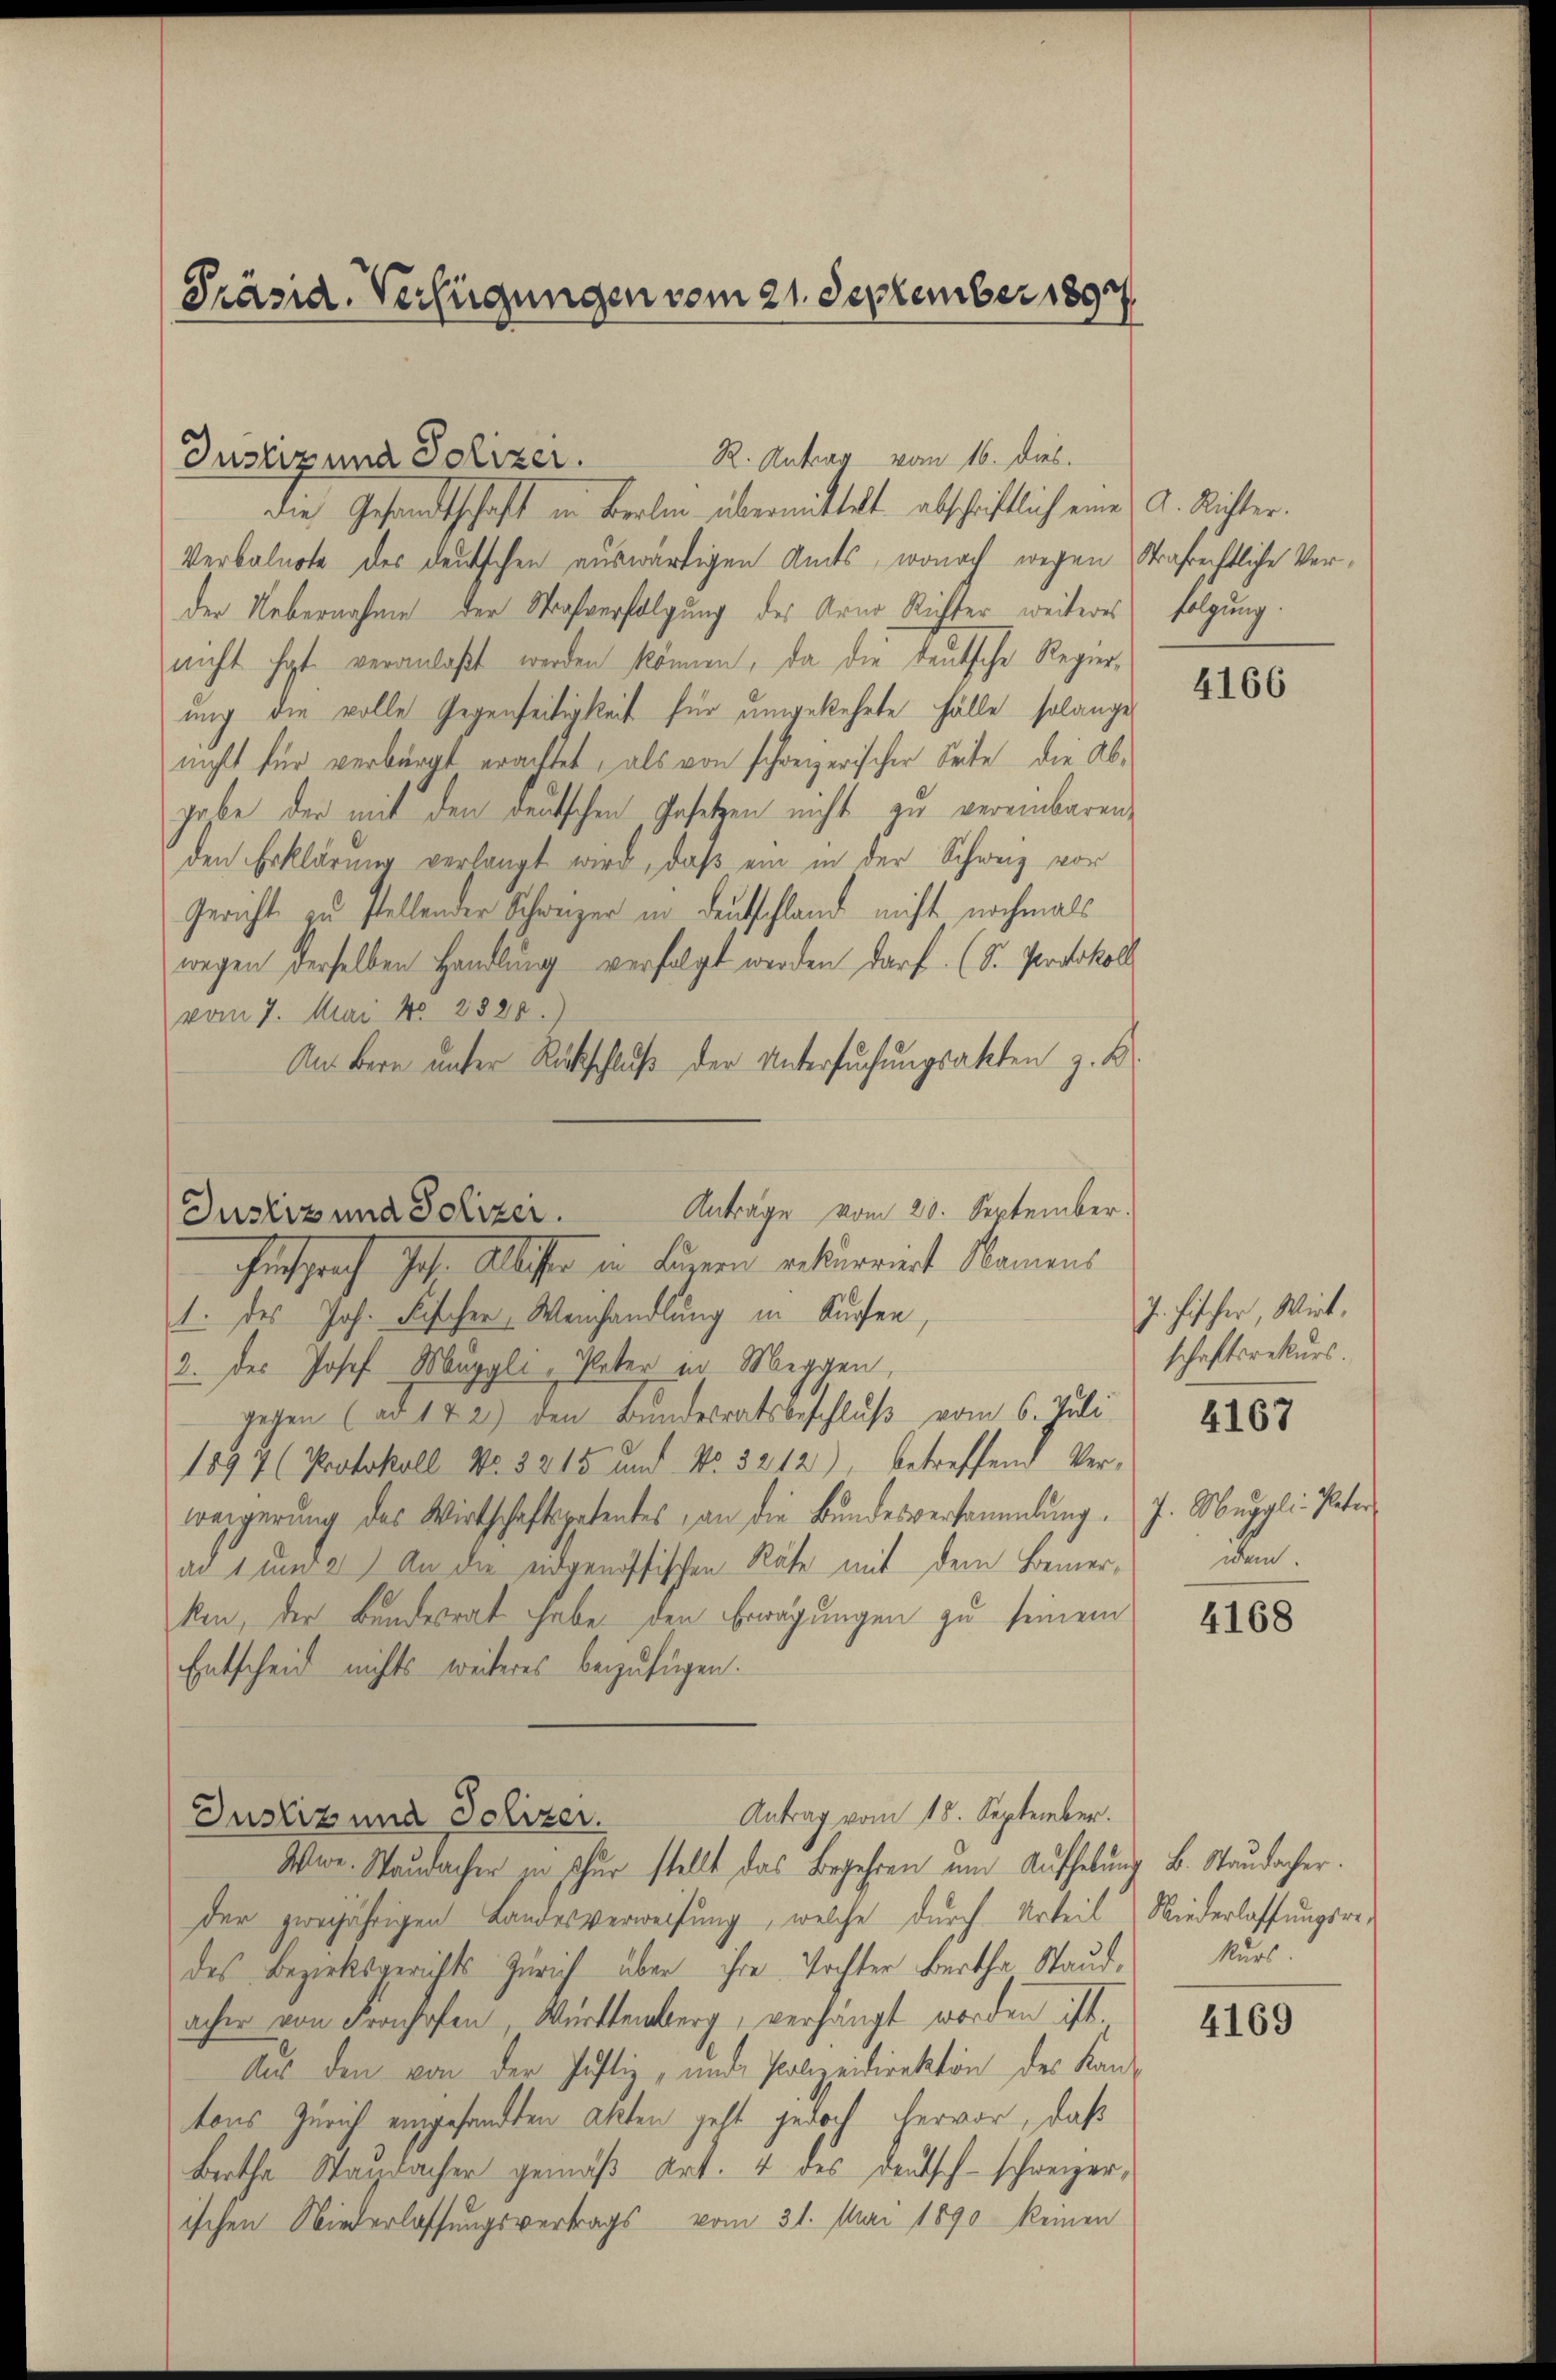
Präsid. Verfügungen vom 21. Dezember 1897.

Justiz und Polizei.
die Gesandtschaft in Berlin übermittelt abschriftlich eine A. Richter.
Verbalnote des deutschen auswärtigen Amts, wonach wegen Strafrechtliche Verder Uebernahme der Strafverfolgung des Arne Richter weiteres folgung.
nicht hat. veranlaßt werden können, da die deutsche Regier-
ung die volle Gegenseitigkeit für umgekehrte Fälle solange
nicht für verbürgt erachtet, als von schweizerischer Seite die Abgabe der mit den deutschen Gesetzen nicht zu vereinbaren,
den Erklärung verlangt wird, daß ein in der Schweiz vor
Gericht zu stellender Schweizer in Deutschland nicht nochmals
wegen derselben Handlung verfolgt werden darf. (S. Protokoll
vom 7. Mai No 288.
Au Bern unter Rückschluß der Untersuchungsakten z. B.
Anträge vom 20. September.
Justiz und Polizei.
hinsprach Joh. Allister in Furren rekurriert Namen.
1. des Joh. Fischer Weinhandlung in Kuchen,
2. des Josef Muggli, Vater in Meggen,
gegen (ad 142) den Bundesratsbeschluß vom 6. Juli
1897 (Protokoll Nr. 3215 und No. 5212), betreffend Verweigerŭng des Wirtschaftspatentes, an die Bŭndesversammlung. J. Weggli. Pater
an 1 und 2) An die eidgenössischen Räte mit dem Bemer- dem
ken, der Bundesrat habe den Erwägungen zu seinem
Entscheid nichts weiteres beizufügen.

Wwe. Staudacher zu sur stellt das Begehren um Aufhebung B. Staudacher.
der zweijährigen Landesverweisung, welche durch Urteil
des Bezirksgerichts Zürich über ihre Tochter Bertha Stand. Kurs
acher von Fronhofen, Württemberg, verhängt worden ist.
Aus den von der Justiz, und Polizeidirektion des Kantons Zürich eingesandten Akten geht jedoch hervor, daß
Bertha Staudacher gemäß Art. 4 des deutsch-schweizerischen Niederlassungsvertrags vom 31. Mai 1890 keinen

R. Antrag vom 16. dies.

Antrag vom 15. September.
Justiz und Polizer.

4166

J. Fischer, Wirt,
schaftsrekurs.
4167

4168

Niederlassungsre¬

4169